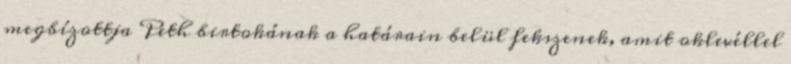
megbízottja Peth birtokának a határain belül fekszenek, amit oklevéllel